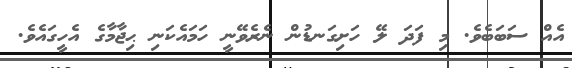
އެއް ސަބަބެވެ. މި ފަދަ ލޭ ހަށިގަނޑުން ނެރެވޭނީ ހަމައެކަނި ޙިޖާމާގެ އެހީގައެވެ.